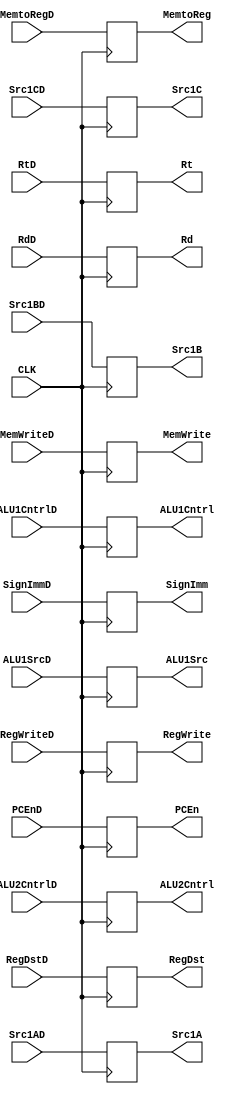
/************************************************
 * This is a Instruction Decode/Execute pipeline register
 * Input: All the inputs from the decode stage
 * output : Assign the inputs to the outputs in next clock cycle
 * Saroj Bardewa
 * ECE586
 **************************************************/

module IFEX_Reg(CLK,PCEnD,RegWriteD, ALU1SrcD, RegDstD,ALU1CntrlD, ALU2CntrlD,MemWriteD,MemtoRegD,Src1AD,Src1BD,Src1CD,RtD,RdD,SignImmD,
					PCEn,RegWrite,ALU1Src, RegDst,ALU1Cntrl, ALU2Cntrl,MemWrite,MemtoReg,Src1A,Src1B,Src1C,Rt,Rd,SignImm);

	parameter BUS_WIDTH=32;			
	parameter ALU_FUNCT_BITS = 3;  // For Alu operations
	parameter REGISTER_SIZE = 6;	// Register size
	
	// Register Files Input and output
	input CLK;	
	input [BUS_WIDTH-1:0]Src1AD;	
	input [BUS_WIDTH-1:0]Src1BD;
	input [BUS_WIDTH-1:0]Src1CD;
	
	//Sign Extend
	input [BUS_WIDTH-1:0] SignImmD;
	
	//Control Unit
	input PCEnD;
	input RegWriteD;
	input ALU1SrcD;
	input RegDstD;
	input [ALU_FUNCT_BITS-1:0]ALU1CntrlD;
	input [ALU_FUNCT_BITS-1:0]ALU2CntrlD;
	input MemWriteD;
	input MemtoRegD;
	
	//Write Reg
	input[REGISTER_SIZE-1:0] RtD;
	input [REGISTER_SIZE-1:0]RdD;

	// Register Files Input and output
	output  reg signed [BUS_WIDTH-1:0]Src1A;
	output  reg signed [BUS_WIDTH-1:0]Src1B;
	output  reg signed [BUS_WIDTH-1:0]Src1C;
	
	//Sign Extend
	output  reg [BUS_WIDTH-1:0] SignImm;
	
	//Control Unit
	output  reg PCEn;
	output  reg RegWrite;
	output  reg ALU1Src;
	output  reg RegDst;
	output  reg [ALU_FUNCT_BITS-1:0]ALU1Cntrl;
	output  reg [ALU_FUNCT_BITS-1:0]ALU2Cntrl;
	output  reg MemWrite;
	output  reg MemtoReg;
	
	//Write Reg
	output  reg [REGISTER_SIZE-1:0] Rt;
	output  reg [REGISTER_SIZE-1:0]Rd;
	
	// Initialize PC to 1
	initial
		PCEn = 1;
		
	//The signals from the decode stage are
	//assigned to input of execute stage 
	// in the next clock cycle
	always @(posedge CLK)
		begin
			PCEn		<= PCEnD;
			RegWrite 	<= RegWriteD;
			ALU1Src	    <= ALU1SrcD;
			RegDst 		<= RegDstD;
			ALU1Cntrl 	<= ALU1CntrlD;
			ALU2Cntrl	<= ALU2CntrlD;
			MemWrite	<= MemWriteD;
			MemtoReg	<= MemtoRegD;
			Src1A		<= Src1AD;
			Src1B		<= Src1BD;
			Src1C		<= Src1CD;
			Rt			<= RtD;
			Rd			<= RdD;
			SignImm		<=SignImmD;
		end
endmodule